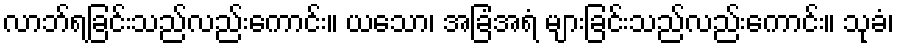
လာဘ်ရခြင်းသည်လည်းကောင်း။ ယသော၊ အခြံအရံ များခြင်းသည်လည်းကောင်း။ သုခံ၊